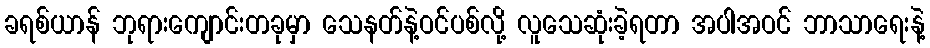
ခရစ်ယာန် ဘုရားကျောင်းတခုမှာ သေနတ်နဲ့ဝင်ပစ်လို့ လူသေဆုံးခဲ့ရတာ အပါအဝင် ဘာသာရေးနဲ့